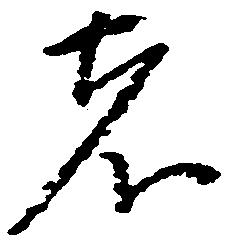
者